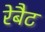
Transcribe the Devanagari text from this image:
रेबैट